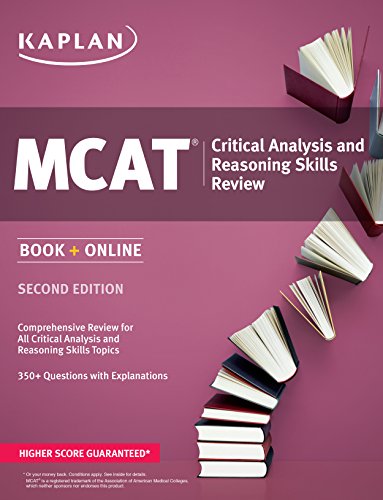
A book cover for Kaplan MCAT Critical Analysis and Reasoning Skills Review: Book + Online (Kaplan Test Prep); Kaplan; Test Preparation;